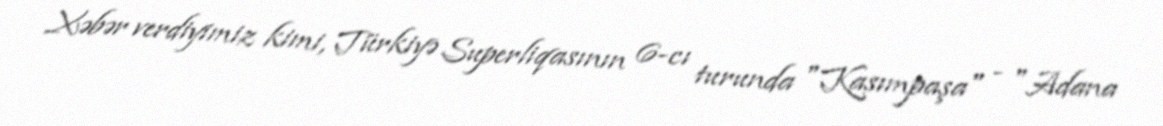
Xəbər verdiyimiz kimi, Türkiyə Superliqasının 6-cı turunda "Kasımpaşa" - "Adana